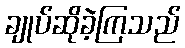
ချုပ်ဆိုခဲ့ကြသည်